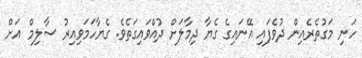
ހަނި މަގުތެރެއިން ދުވެފައި އޭނައިގެ ގެޔާ ދިމާލަށް ދުއްވައިގަތެވެ. ގެޔާހަމަވިއިރު ސާލިމް އަށް